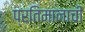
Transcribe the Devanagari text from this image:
प्रतिमानाची